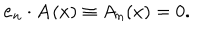
{ \bf e } _ { n } \cdot { \bf A } ( x ) \equiv A _ { n } ( x ) = 0 .